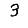
Digit: 3